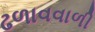
ઢળાવવાળી